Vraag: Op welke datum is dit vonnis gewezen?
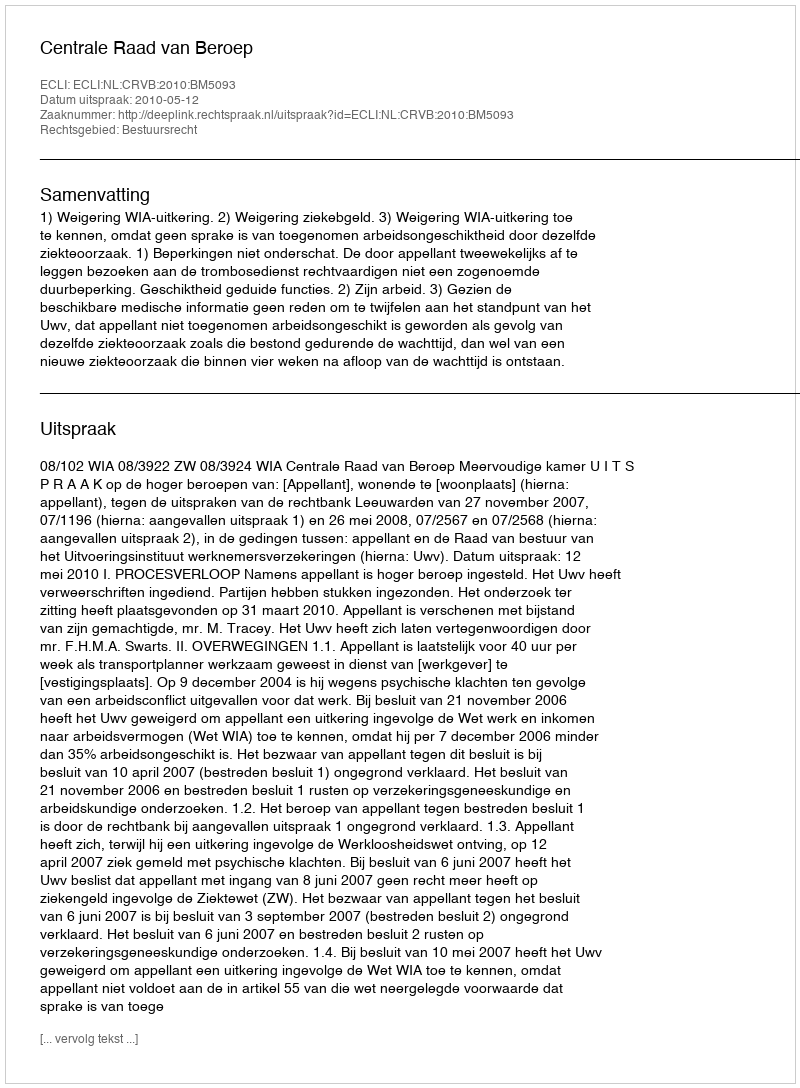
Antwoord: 2010-05-12